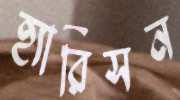
হ্যারিসন